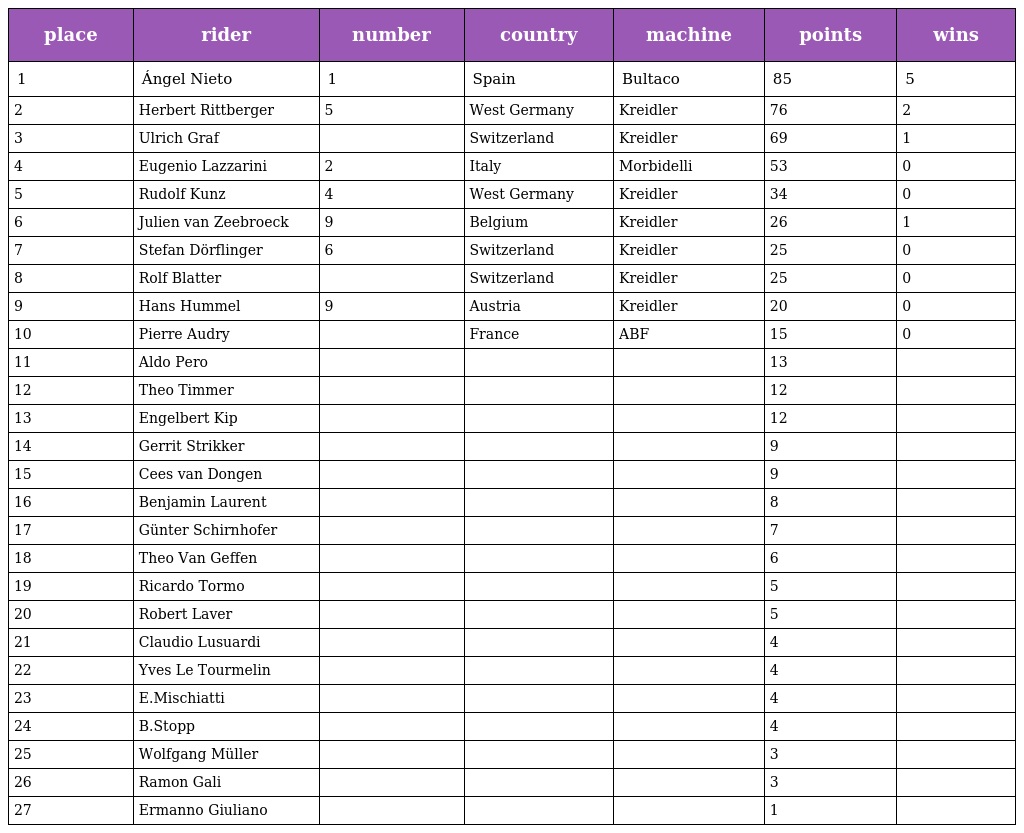
| place | rider | number | country | machine | points | wins |
 | --- | --- | --- | --- | --- | --- | --- |
 | 1 | Ángel Nieto | 1 | Spain | Bultaco | 85 | 5 |
 | 2 | Herbert Rittberger | 5 | West Germany | Kreidler | 76 | 2 |
 | 3 | Ulrich Graf |  | Switzerland | Kreidler | 69 | 1 |
 | 4 | Eugenio Lazzarini | 2 | Italy | Morbidelli | 53 | 0 |
 | 5 | Rudolf Kunz | 4 | West Germany | Kreidler | 34 | 0 |
 | 6 | Julien van Zeebroeck | 9 | Belgium | Kreidler | 26 | 1 |
 | 7 | Stefan Dörflinger | 6 | Switzerland | Kreidler | 25 | 0 |
 | 8 | Rolf Blatter |  | Switzerland | Kreidler | 25 | 0 |
 | 9 | Hans Hummel | 9 | Austria | Kreidler | 20 | 0 |
 | 10 | Pierre Audry |  | France | ABF | 15 | 0 |
 | 11 | Aldo Pero |  |  |  | 13 |  |
 | 12 | Theo Timmer |  |  |  | 12 |  |
 | 13 | Engelbert Kip |  |  |  | 12 |  |
 | 14 | Gerrit Strikker |  |  |  | 9 |  |
 | 15 | Cees van Dongen |  |  |  | 9 |  |
 | 16 | Benjamin Laurent |  |  |  | 8 |  |
 | 17 | Günter Schirnhofer |  |  |  | 7 |  |
 | 18 | Theo Van Geffen |  |  |  | 6 |  |
 | 19 | Ricardo Tormo |  |  |  | 5 |  |
 | 20 | Robert Laver |  |  |  | 5 |  |
 | 21 | Claudio Lusuardi |  |  |  | 4 |  |
 | 22 | Yves Le Tourmelin |  |  |  | 4 |  |
 | 23 | E.Mischiatti |  |  |  | 4 |  |
 | 24 | B.Stopp |  |  |  | 4 |  |
 | 25 | Wolfgang Müller |  |  |  | 3 |  |
 | 26 | Ramon Gali |  |  |  | 3 |  |
 | 27 | Ermanno Giuliano |  |  |  | 1 |  |